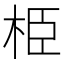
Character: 栕